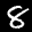
Label: 8